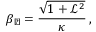
\beta _ { \perp } = \frac { \sqrt { 1 + \mathcal { L } ^ { 2 } } } { \kappa } \, ,